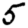
Digit: 5